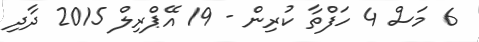
6 މަސް 4 ހަފްތާ ކުރިން - 19 އޭޕްރިލް 2015 ދާދި